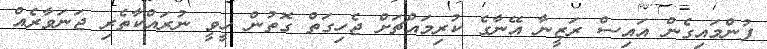
ފުންމައިގެން އައިސް ރަޒީނާ އޭނާގެ ކުރިމައްޗަށް ޖެހިގަތް ގޮތުން ހީވީ ނުރައްކާތެރި ޖަނަވާރެއް